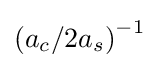
\left(a_{c}/2a_{s}\right)^{-1}